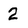
Character: 2